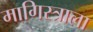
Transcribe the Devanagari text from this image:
मागिस्त्राला